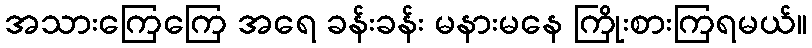
အသားကြေကြေ အရေ ခန်းခန်း မနားမနေ ကြိုးစားကြရမယ်။